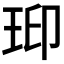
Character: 𤥋